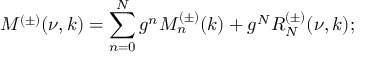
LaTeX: M ^ { ( \pm ) } ( \nu , k ) = \sum _ { n = 0 } ^ { N } g ^ { n } M _ { n } ^ { ( \pm ) } ( k ) + g ^ { N } R _ { N } ^ { ( \pm ) } ( \nu , k ) ;